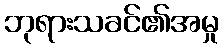
ဘုရားသခင်၏အမှု